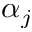
\alpha _ { j }